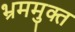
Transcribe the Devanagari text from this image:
भ्रममुक्त